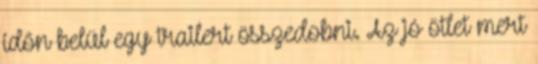
időn belül egy trailert összedobni. Az jó ötlet mert